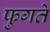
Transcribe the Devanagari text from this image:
फुगते